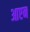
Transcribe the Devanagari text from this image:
आप्टन